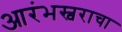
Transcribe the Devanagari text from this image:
आरंभस्वराचा